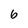
Character: 6